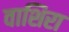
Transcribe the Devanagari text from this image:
वाशिरा